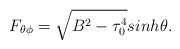
\begin{align*}F_{\theta \phi}= \sqrt{B^2-\tau_0^4} sinh \theta .\end{align*}